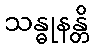
သန္ဓုနန္တိ